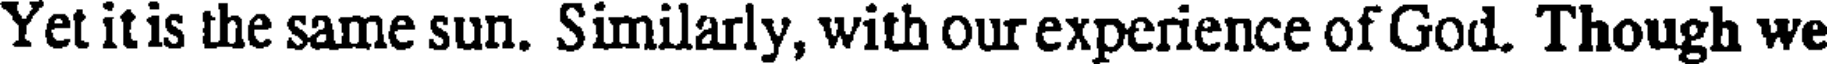
Yet it is the same sun. Similarly, with our experience of God. Though we